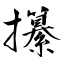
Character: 攥